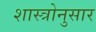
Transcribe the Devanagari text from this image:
शास्त्रोनुसार